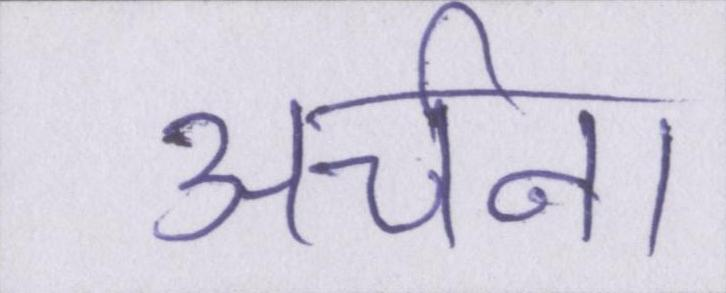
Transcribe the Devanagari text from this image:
अर्चना